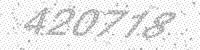
Solution: 420778